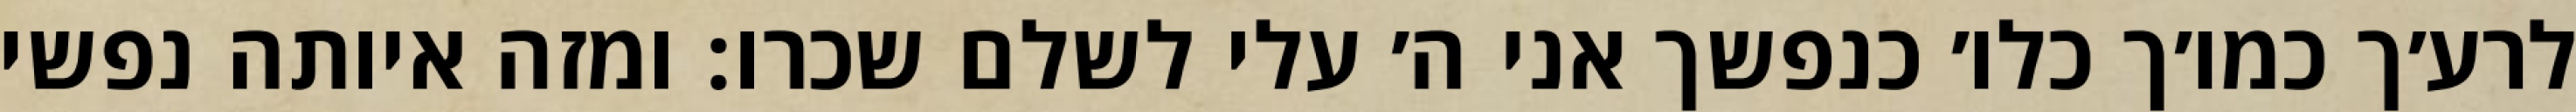
לרע׳ך כמו׳ך כלו׳ כנפשך אני ה׳ עלי לשלם שכרו: ומזה איותה נפשי